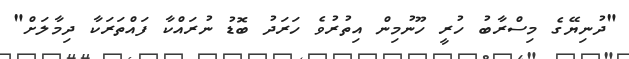
"ދުނިޔޭގެ މިސްރާބު ހުރީ ހޫނުމިން އިތުރުވެ ހަރަދު ބޮޑު ނުރައްކާ ފައްތަރަކާ ދިމާލަށް"